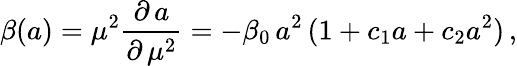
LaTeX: \beta(a)=\mu^{2}\frac{\partial\, a}{\partial\, \mu^{2}}=-\beta_{0}\, a^{2}\, (1+c_{1}a+c_{2}a^{2})\, ,